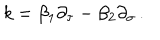
k = \beta _ { 1 } \partial _ { \tau } - \beta _ { 2 } \partial _ { \sigma } \, .